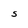
Character: S